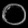
Digit: ၀